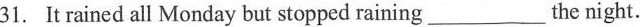
31. It rained all Monday but stopped raining ___ the night.